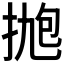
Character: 𪭹